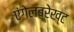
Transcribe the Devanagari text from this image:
एंगेलब्रेख्ट